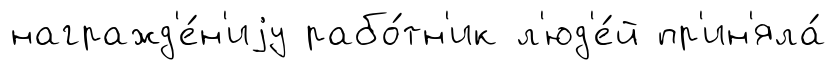
награжд'е́н'иjу рабо́тн'ик л'юд'е́й пр'ин'яла́